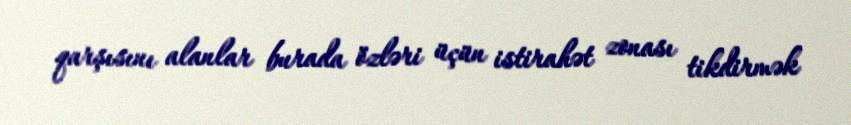
qarşısını alanlar burada özləri üçün istirahət zonası tikdirmək